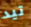
تيد